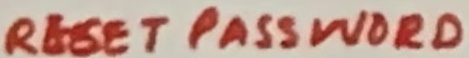
Text: RESET PASSWORD